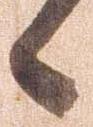
候